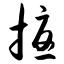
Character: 扰